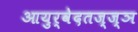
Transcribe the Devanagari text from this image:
आयुर्वेदतज्ज्ञ